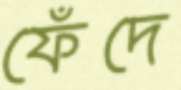
ফেঁদে